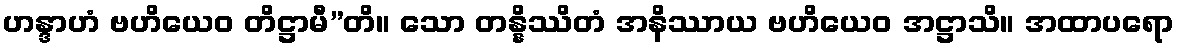
ဟန္ဒာဟံ ဗဟိယေဝ တိဋ္ဌာမီ”တိ။ သော တန္နိဿိတံ အနိဿာယ ဗဟိယေဝ အဋ္ဌာသိ။ အထာပရော